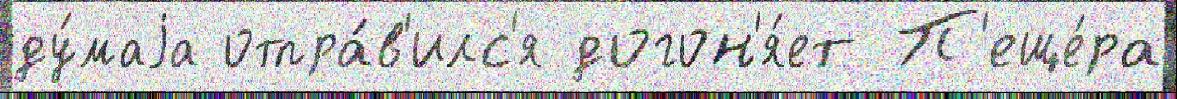
ду́маjа отпра́в'илс'я догон'я́ет П'еще́ра